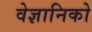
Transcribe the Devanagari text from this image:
वेज्ञानिको